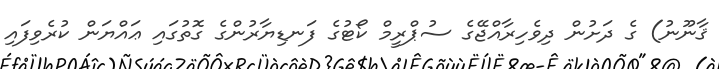
ޤާނޫނު) ގެ ދަށުން ދިވެހިރާއްޖޭގެ ސުޕްރީމް ކޯޓުގެ ފަނޑިޔާރުންގެ ގޮތުގައި ޢައްޔަން ކުރެވިފައި